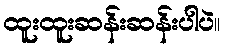
ထူးထူးဆန်းဆန်းပါပဲ။